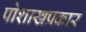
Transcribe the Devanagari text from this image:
पोशाखप्रकार